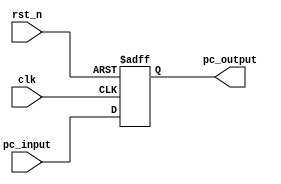
// progam counter

module pc 	#(	parameter bus_length = 'd64)
			(input 		clk, rst_n,
             input 		[bus_length -1 :0] pc_input,
             output reg 	[bus_length -1 :0]  pc_output
			);
always @(posedge clk or negedge rst_n)
begin
	if(!rst_n)
		pc_output <= 0 ;
	else
		pc_output = pc_input ;
end
	
endmodule